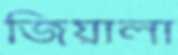
জিয়ালা